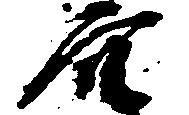
穴